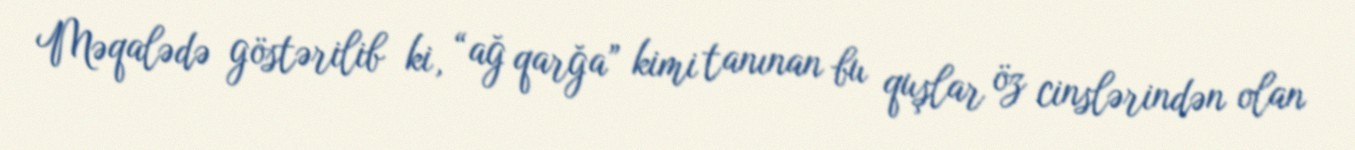
Məqalədə göstərilib ki, “ağ qarğa” kimi tanınan bu quşlar öz cinslərindən olan